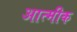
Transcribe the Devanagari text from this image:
आत्मीक